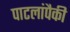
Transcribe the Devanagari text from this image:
पाटलांपैकी